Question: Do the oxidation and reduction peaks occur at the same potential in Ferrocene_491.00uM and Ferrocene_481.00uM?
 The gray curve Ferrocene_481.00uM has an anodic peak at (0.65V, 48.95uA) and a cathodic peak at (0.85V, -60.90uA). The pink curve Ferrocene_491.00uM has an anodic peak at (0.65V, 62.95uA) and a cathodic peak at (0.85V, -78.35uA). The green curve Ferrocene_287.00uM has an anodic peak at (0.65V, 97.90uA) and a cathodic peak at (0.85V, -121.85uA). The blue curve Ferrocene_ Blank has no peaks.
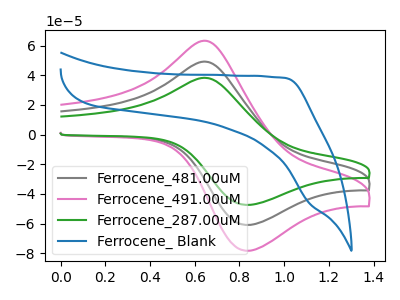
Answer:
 <answer>Yes, "Ferrocene_491.00uM" have a peak in "Ferrocene_481.00uM" at the same potential.</answer>
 <eval>match</eval>